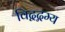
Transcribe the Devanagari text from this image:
विद्वद्गम्य